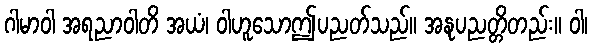
ဂါမာဝါ အရညာဝါတိ အယံ၊ ဝါဟူသောဤပညတ်သည်။ အနုပညတ္တိတည်း။ ဝါ၊